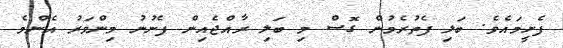
ފެށީމައެވެ. ބަލި ފެތުރެމުން ގޮސް މި ބަލި ރާއްޖެއިން ފެނުނު މިންވަރު އެންމެ